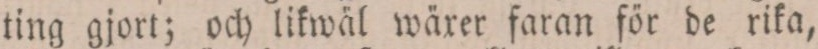
ting gjort; och likwäl wäxer faran för de rika,